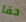
حقا